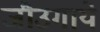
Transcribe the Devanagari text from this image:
जौउगाये